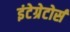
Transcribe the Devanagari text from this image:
इंटेग्रेटोर्स